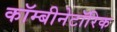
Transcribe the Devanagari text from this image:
कॉम्बीनेटॉरिक